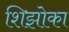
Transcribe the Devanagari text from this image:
शिझोका